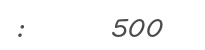
:       500